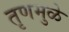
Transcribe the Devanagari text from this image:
तृणमुळे